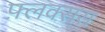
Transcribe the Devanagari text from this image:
फ़्लक्सस